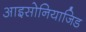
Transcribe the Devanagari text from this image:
आइसोनियाजिड